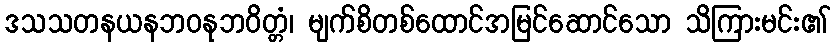
ဒသသတနယနဘဝနုဘဝိတ္တံ၊ မျက်စိတစ်ထောင်အမြင်ဆောင်သော သိကြားမင်း၏